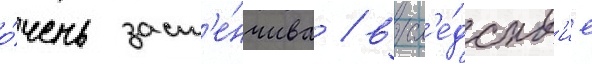
о́чень заст'е́нчива / всл'е́дств'ие